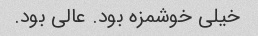
خیلی خوشمزه بود. عالی بود.